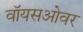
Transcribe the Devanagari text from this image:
वॉयसओवर